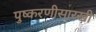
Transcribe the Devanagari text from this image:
पुष्करणीसारखी